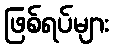
ဖြစ်ရပ်များ